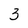
Character: 3